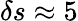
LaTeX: \delta s\approx 5